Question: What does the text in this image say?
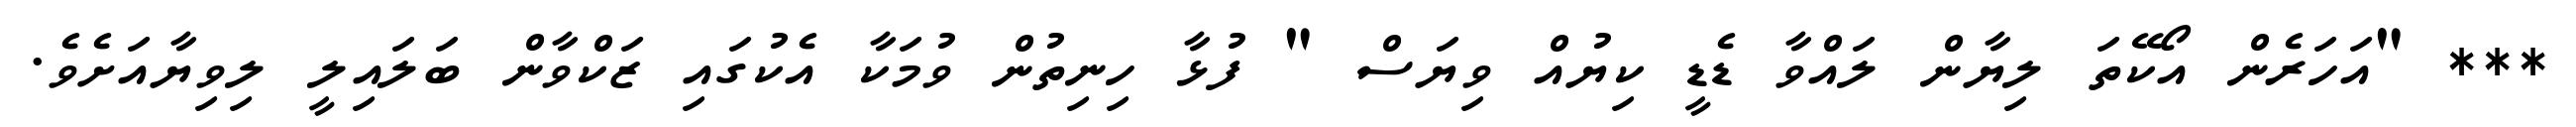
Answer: *** "އަހަރެން އޯކޭތަ ލިޔާން ލައްވާ ޑެޑީ ކިޔުއް ވިޔަސް " ފުޅާ ހިނިތުން ވުމަކާ އެކުގައި ޒަކްވާން ބަލައިލީ ލިވިޔާއަށެވެ.